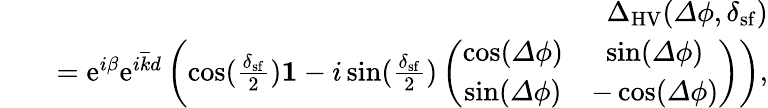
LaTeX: \begin{array}{rlr}&{}&{{\Delta}_{\mathrm{HV}}({\mathit\Delta\phi},\delta_{\mathrm{sf}})}\\ &{}&{=\mathrm{e}^{i\beta}\mathrm{e}^{i\overline{{k}}d}\left(\cos(\frac{\delta_{\mathrm{sf}}}{2}){\mathbf 1}-i\sin(\frac{\delta_{\mathrm{sf}}}{2})\left(\begin{array}{cc}{\cos({\mathit\Delta\phi})}&{\sin({\mathit\Delta\phi})}\\ {\sin({\mathit\Delta\phi})}&{-\cos({\mathit\Delta\phi})}\end{array}\right)\right),}\end{array}